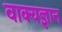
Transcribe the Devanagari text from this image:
वाक्यज्ञान